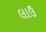
લાઉ